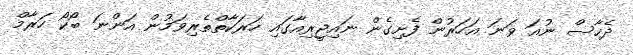
ދެހާސް ނުއަ ވަނަ އަހަރުން ފެށިގެން ނައިޖީރިއާގައި ހަރަކާތްތެރިވަމުން އަންނަ ބޯކޯ ހަރާމް